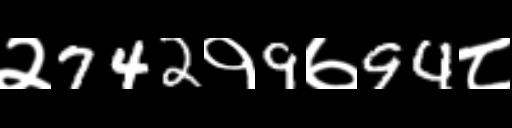
Text: २742१9७94८